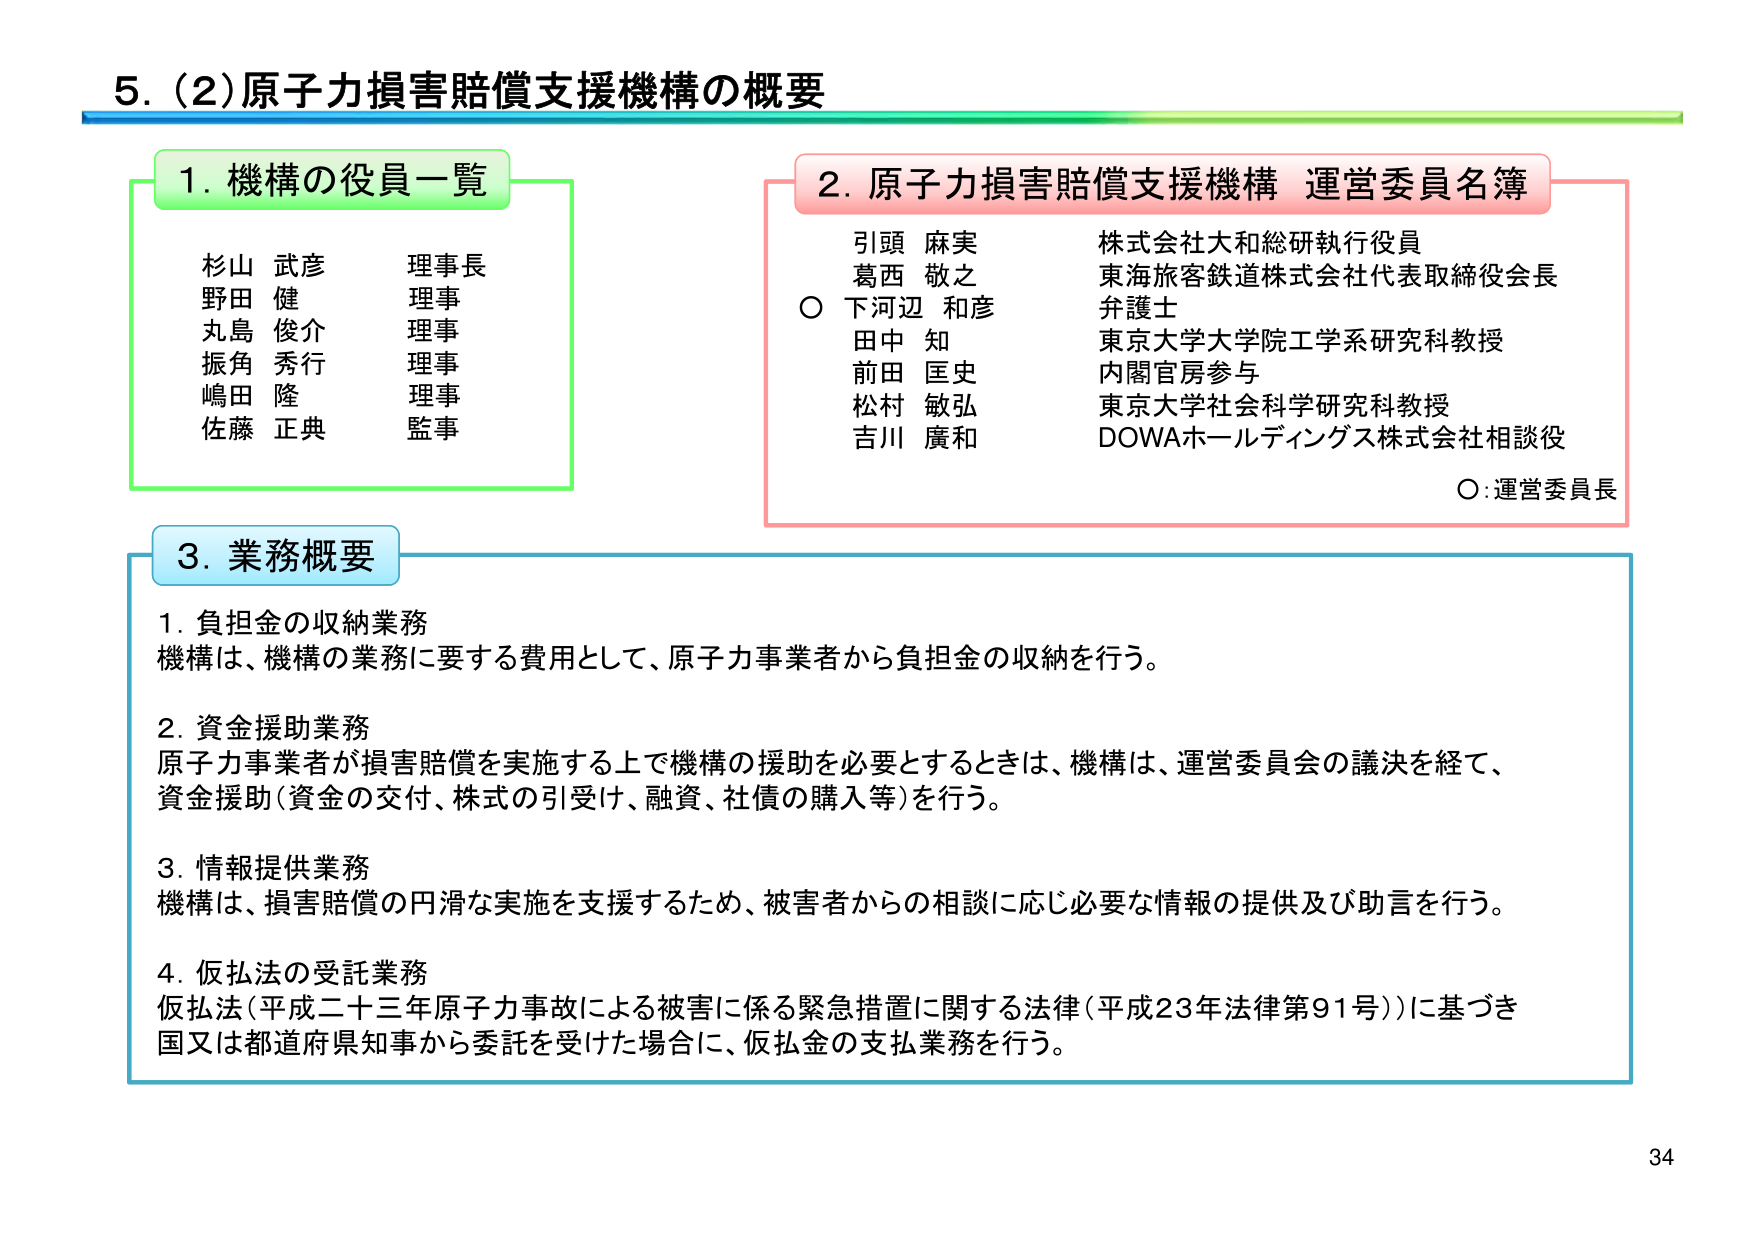
5. (2) 原子力損害賠償支援機構の概要

1. 機構の役員一覧
杉山 武彦 理事長
野田 健 理事
丸島 俊介 理事
振角 秀行 理事
嶋田 隆 理事
佐藤 正典 監事

2. 原子力損害賠償支援機構 運営委員名簿
引頭 麻実 株式会社大和総研執行役員
葛西 敬之 東海旅客鉄道株式会社代表取締役会長
○ 下河辺 和彦 弁護士
田中 知 東京大学大学院工学系研究科教授
前田 匡史 内閣官房参与
松村 敏弘 東京大学社会科学研究所教授
吉川 廣和 DOWAホールディングス株式会社相談役
○ : 運営委員長

3. 業務概要
1. 負担金の収納業務
機構は、機構の業務に要する費用として、原子力事業者から負担金の収納を行う。

2. 資金援助業務
原子力事業者が損害賠償を実施する上で機構の援助を必要とするときは、機構は、運営委員会の議決を経て、
資金援助（資金の交付、株式の引受け、融資、社債の購入等）を行う。

3. 情報提供業務
機構は、損害賠償の円滑な実施を支援するため、被害者からの相談に応じ必要な情報の提供及び助言を行う。

4. 仮払法の受託業務
仮払法（平成二十三年原子力事故による被害に係る緊急措置に関する法律（平成23年法律第91号））に基づき
国又は都道府県知事から委託を受けた場合に、仮払金の支払業務を行う。

34